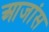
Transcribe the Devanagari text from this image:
आजांस